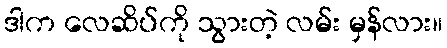
ဒါက လေဆိပ်ကို သွားတဲ့ လမ်း မှန်လား။